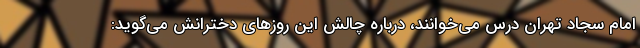
امام سجاد تهران درس می‌خوانند، درباره چالش این روزهای دخترانش می‌گوید: